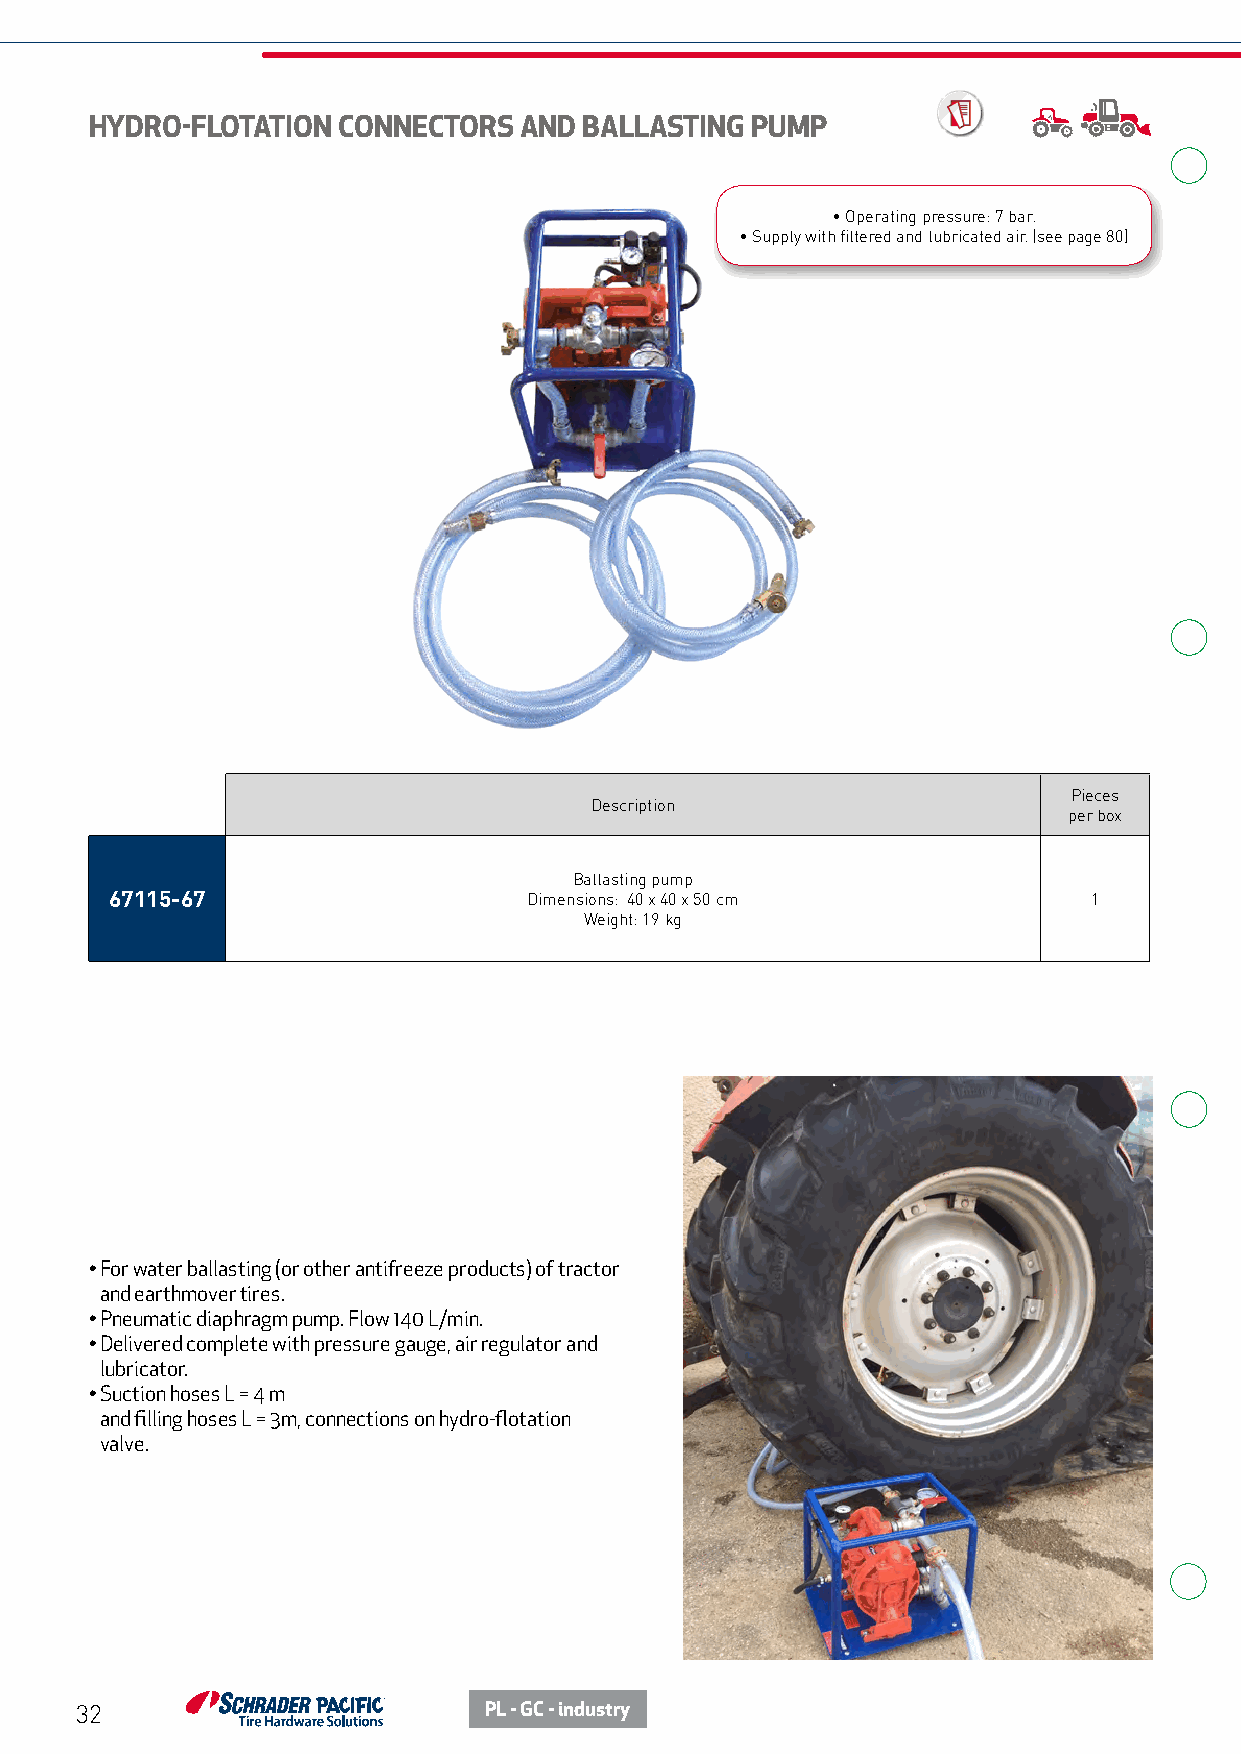
HYDRO-FLOTATION CONNECTORS  AND  BALLASTING PUMP
 • Operating pressure: 7 bar.
 • Supply with filtered and lubricated air. (see page 80)
 Pieces
 Description
 per box
 Ballasting pump
 67115-67                    Dimensions: 40 x 40 x 50 cm          1
 Weight: 19 kg
 • For water ballasting (or other antifreeze products) of tractor
 and earthmover tires.
 • Pneumatic diaphragm pump. Flow 140 L/min.
 • Delivered complete with pressure gauge, air regulator and
 lubricator.
 • Suction hoses L = 4 m
 and filling hoses L = 3m, connections on hydro-flotation
 valve.
 32                         PL - GC - industry